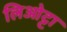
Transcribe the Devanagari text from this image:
लिओट्टा